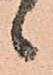
候